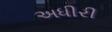
અધીરી